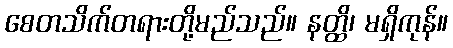
စေတသိက်တရားတို့မည်သည်။ နတ္ထိ၊ မရှိကုန်။